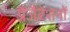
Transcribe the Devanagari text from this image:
प्रैजैंटेशनों